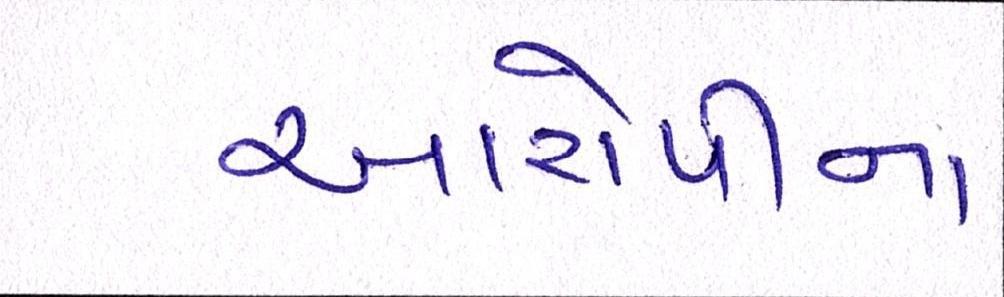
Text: આરોપીના